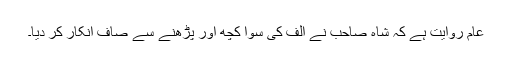
عام روایت ہے کہ شاہ صاحب نے الف کی سوا کچھ اور پڑھنے سے صاف انکار کر دیا۔